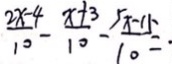
\frac { 2 x - 4 } { 1 0 } - \frac { x + 3 } { 1 0 } - \frac { 5 x - 1 5 } { 1 0 } = .